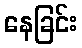
နေခြင်း